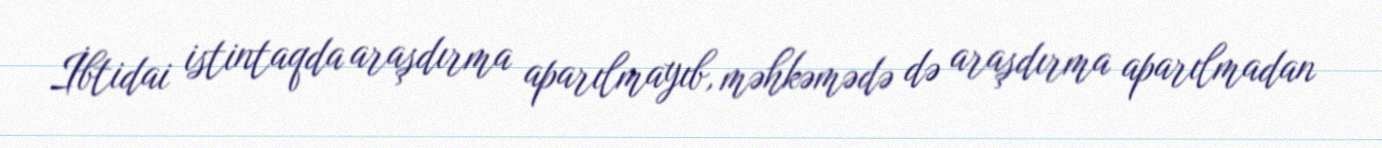
İbtidai istintaqda araşdırma aparılmayıb, məhkəmədə də araşdırma aparılmadan